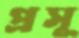
প্রসূ